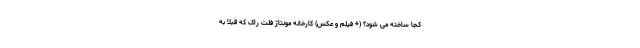
کجا ساخته می شود؟ (+ فیلم و عکس) کارخانه مونتاژ فلت راک که قبلا به